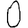
Digit: 0